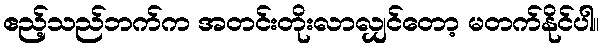
ဧည့်သည်ဘက်က အတင်းတိုးလာလျှင်တော့ မတက်နိုင်ပါ။